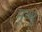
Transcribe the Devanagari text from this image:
मूत्थू